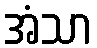
အံသာ